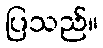
ပြသည်။